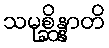
သမုစ္ဆိန္နာတိ